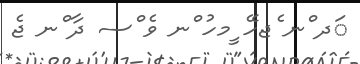
ަދ ްނ ެޖހޭ ީމހު ްނ ވެ ްސ ދާ ްނ ޖެ